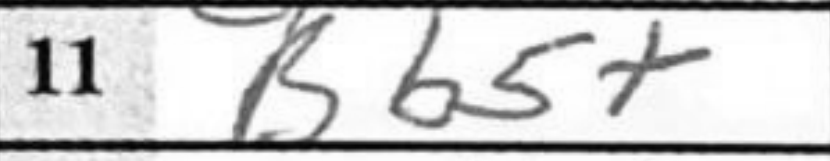
Transcription: Bb5+